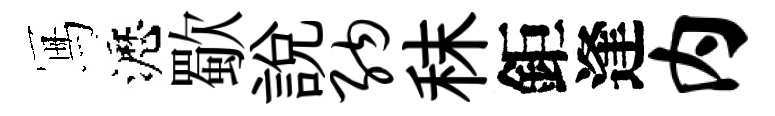
冩瀝歜說纳秣鉅逢内